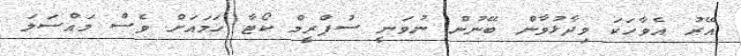
އޭރު އެވާހަކަ ވިދާޅުވާން ބޭނުން ނުވަނީ ސުޕްރީމް ކޯޓާ ހަމައަށް ވެސް މައްސަލަ